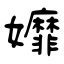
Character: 孊